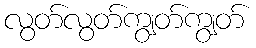
လွတ်လွတ်ကျွတ်ကျွတ်